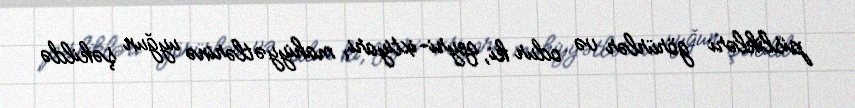
pislikləri görürlər və odur ki, qeyri-ixtiyari, mahiyyətlərinə uyğun şəkildə